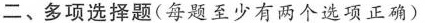
二、多项选择题(每题至少有两个选项正确)